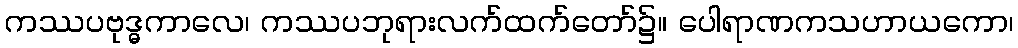
ကဿပဗုဒ္ဓကာလေ၊ ကဿပဘုရားလက်ထက်တော်၌။ ပေါရာဏကသဟာယကော၊